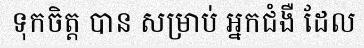
ទុកចិត្ត បាន សម្រាប់ អ្នកជំងឺ ដែល